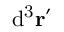
\mathrm { d ^ { 3 } } \mathbf { r ^ { \prime } }